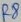
Text: R8